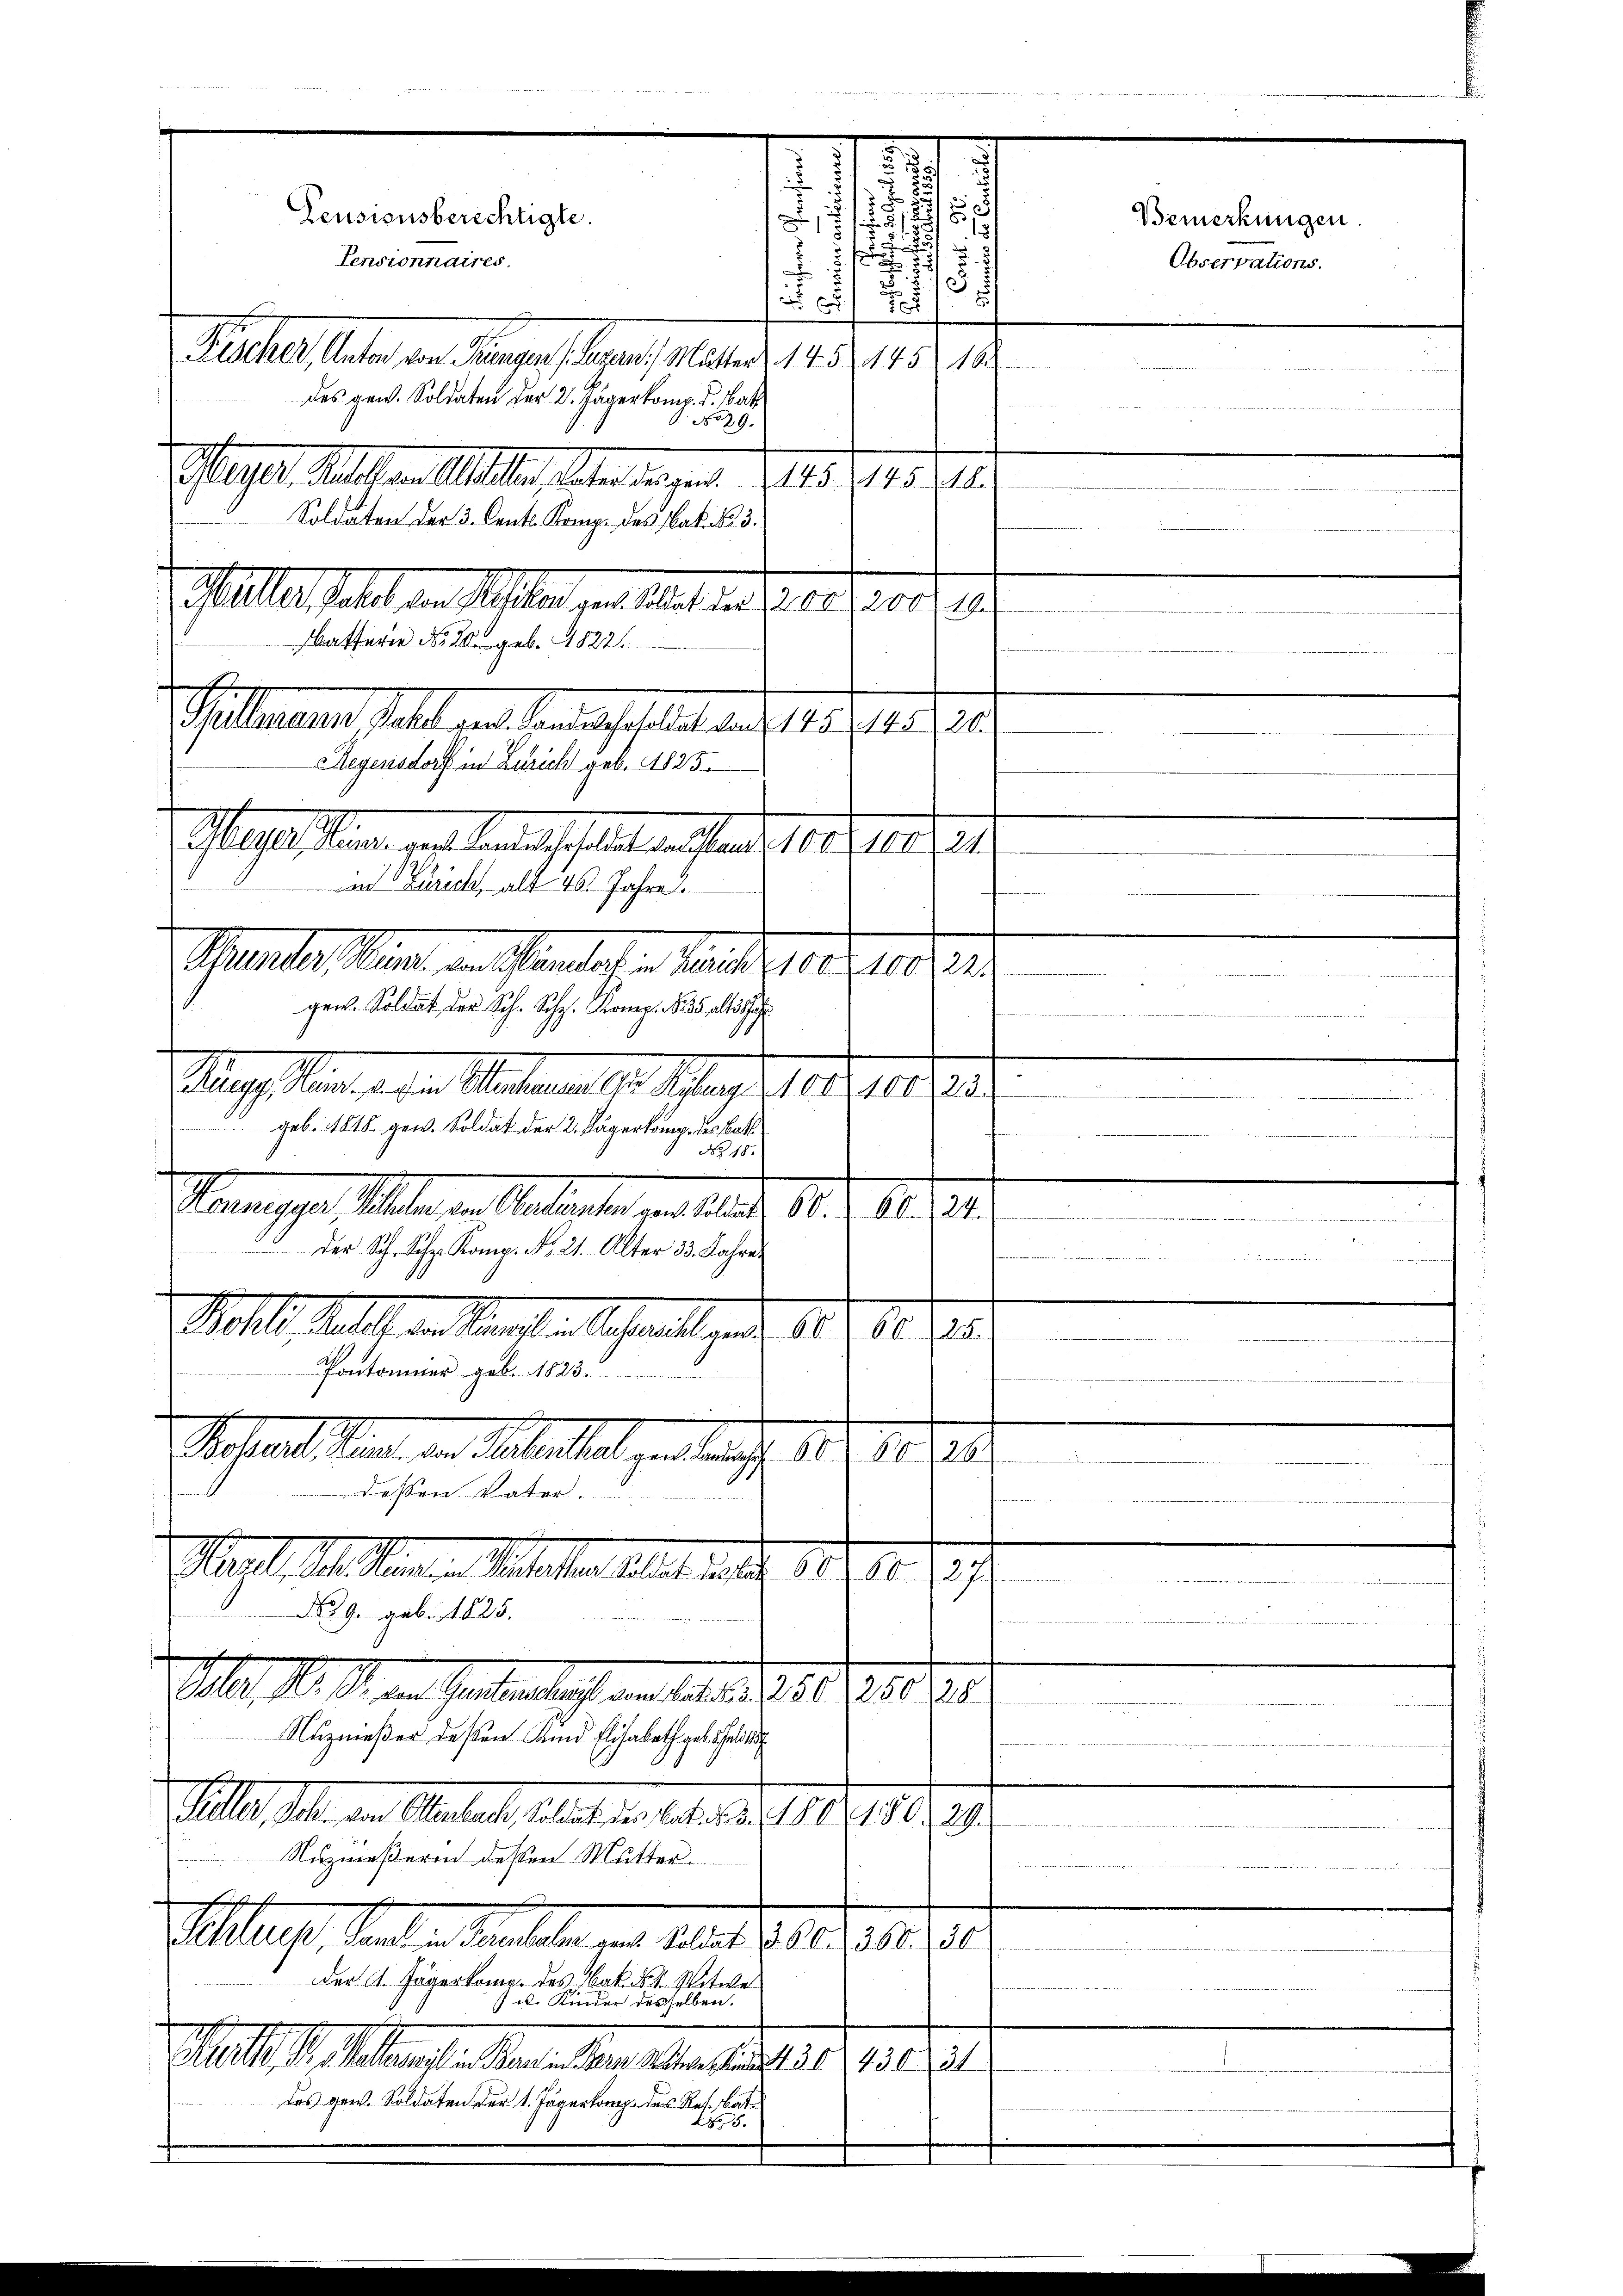
alles halt den Meister gelt leiten gern d. 29.
atfern No 26 geb. 1822.
Sillmann halt den Berath erint und 1810. 141, 10
Meyersdorf in Zürich geb. 1825.
astenpassung der bereitscheint, mitten, der d. d.
an Zürich alt 45. Jahre

Pille in den Maler alten haben d. 14. d. 119.
474 n
Nuzmäßerin dessen Mutter
Hertl, Standen Baselben und Art. 9. 10. 1910.
20
Der G. Jägerkome des Bat. 24. Witwe
 u. Kinder desselben.
Gull I. Nachmannst in den in Bern Stern andert 30. 430 31
des gew. Soldaten der 1. Jägerkamp des Res. Bat¬
No 5.

.
e
3
25
z
5
i
Pensionsberechtigte.
Bemerkungen.
d
x
Pensionnaires.

Observations.
e

Fischer, Anton von Prungen (Luzern / Mutter (145 445 16
des gew. Soldaten der 2. Jägerkomp. I. Bat
 No 29.
slastet. Selbst an Altstehen, beten angen 1. 19. 714. 210.
Soldaten der 3. Cent. Komp. des Nat. No. 3.
Manten Meiner den endlichen Marie 100, 100
dee der Mehrheit der sicht ange
e
gen. Soldat der Sch. Schg. Komp. 1835 als a
de rechten der hatte. Aber de
Burg. Sinn es an Materm 10. Mai 1851 1890.
i |
.
geb. 1818. gew. Soldat der 2. Jägerkomp. des Batt

No 18.
Wenige Mater in Antanten verli d. 30.
Ab

S.S. K. N. 21. Alter 33 Jahre
vere
  wenn den an eine
Settestellt der Kasten Gestalt ande 180.
18

e
Pontonier geb. 1823.
2
Pestalt der an Malenthal in auche, 187. 1028
e
dressen Vater.
Mal, Mehl eine Mithalten alle in der 182. 18. 29.
e
No. 9. Febr. 1825.
f
ll., S. 11. in Garten las an das u. 150. 75000.
 nenne entstet hat
Nuzmeßer deßen Kind Elisabeth geb. Bei

d
§ 81

be

g